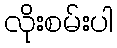
လိုးစမ်းပါ